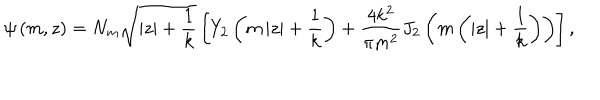
LaTeX: \psi \left( m , z \right) = N _ { m } \sqrt { \left| z \right| + \frac { 1 } { k } } \left[ Y _ { 2 } \left( m \left| z \right| + \frac { 1 } { k } \right) + \frac { 4 k ^ { 2 } } { \pi m ^ { 2 } } J _ { 2 } \left( m \left( \left| z \right| + \frac { 1 } { k } \right) \right) \right] ,